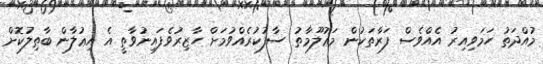
މުއްދަތު ހަމަވިއިރު އެއްވެސް ފަރާތަކުން މަޢުލޫމާތު ސާފުކުރެއްވުމަށް ހާޒިރުވެފައިނުވާތީ އެ އިޢުލާން ބާޠިލުކޮށް